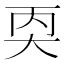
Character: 𪥇